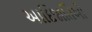
આદિજાતિઓ